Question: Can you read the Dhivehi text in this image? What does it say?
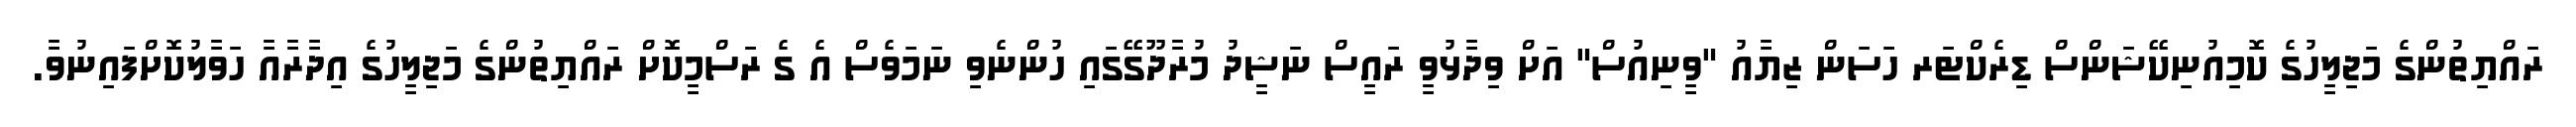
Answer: ރައްޔިތުންގެ މަޖިލީހުގެ ކޮމިއުނިކޭޝަންސް ޑިރެކްޓަރ ހަސަން ޒިޔާއު "ވީނިއުސް" އަށް ވިދާޅުވީ ރައީސް ނަޝީދު މުރާދޫގޭގައި ހުންނެވި ނަމަވެސް އެ ގެ ރަސްމީކޮށް ރައްޔިތުންގެ މަޖިލީހުގެ އިދާރާއާ ހަވާލުކޮށްފައިނުވާ.